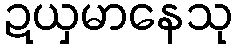
ဍယှမာနေသု